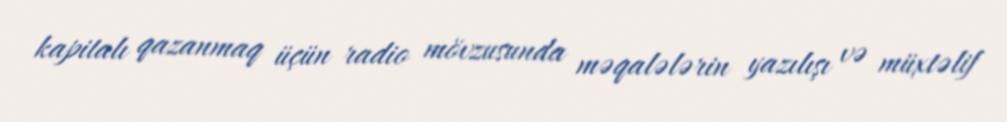
kapitalı qazanmaq üçün radio mövzusunda məqalələrin yazılışı və müxtəlif